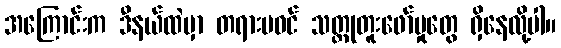
အကြောင်းက ဒီနယ်ထဲမှာ တရားမဝင် သတ္တုတူးဖော်မှုတွေ ရှိနေလို့ပါ။